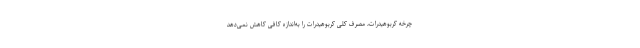
چرخه کربوهیدرات، مصرف کلی کربوهیدرات را به‌اندازه کافی کاهش نمی‌دهد